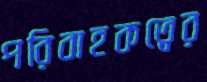
পরিবাহকত্বের